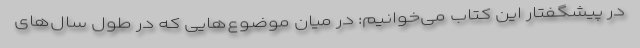
در پیشگفتار این کتاب می‌خوانیم: در میان موضوع‌هایی که در طول سال‌های